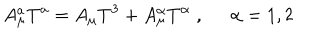
A _ { \mu } ^ { a } T ^ { a } = A _ { \mu } T ^ { 3 } + A _ { \mu } ^ { \alpha } T ^ { \alpha } \; , \; \; \alpha = 1 , 2